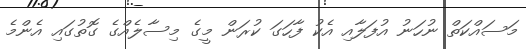
މަސައްކަތް ނުހަނު އުފަލާއި އެކު ފާހަގަ ކުރަން މީގެ މިސާލެއްގެ ގޮތުގައި އެންމެ